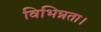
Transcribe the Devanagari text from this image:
विभिन्नता।